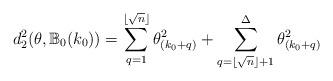
LaTeX: \begin{align*} d^2_2(\theta,\mathbb{B}_0(k_0))= \sum_{q=1}^{\lfloor \sqrt{n}\rfloor}\theta^2_{(k_0+q)}+ \sum_{q=\lfloor \sqrt{n}\rfloor+1}^{\Delta }\theta^2_{(k_0+q)} \end{align*}